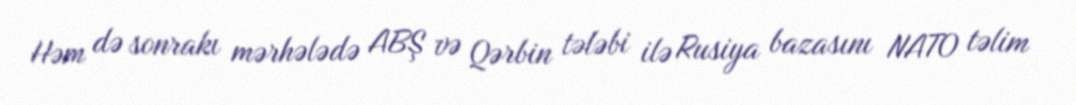
Həm də sonrakı mərhələdə ABŞ və Qərbin tələbi ilə Rusiya bazasını NATO təlim